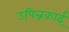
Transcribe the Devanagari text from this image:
उपिन्नकाई